Report of the Bombay Veterinary College
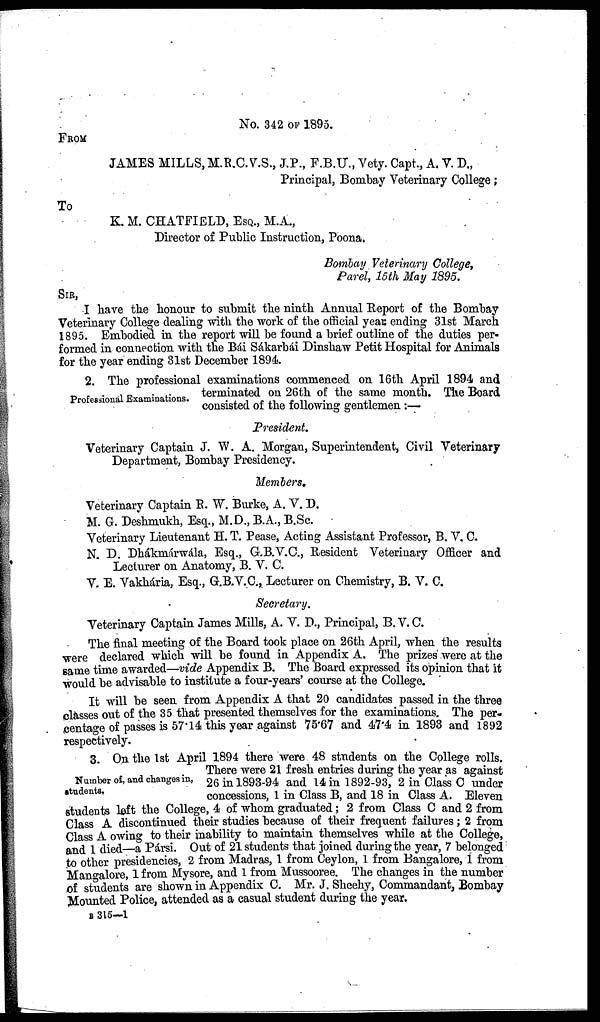
No. 342 OF 1895.
FROM
JAMES MILLS, M.R.C.V.S., J.P., F.B.U., Vety. Capt., A. V. D.,
Principal, Bombay Veterinary College;
To
K. M. CHATFIELD, ESQ., M.A.,
Director of Public Instruction, Poona.
Bombay Veterinary College,
Parel, 15th May 1895.
SIR,
I have the honour to submit the ninth Annual Report of the Bombay
Veterinary College dealing with the work of the official year ending 31st March
1895. Embodied in the report will be found a brief outline of the duties per-
formed in connection with the Bái Sákarbái Dinshaw Petit Hospital for Animals
for the year ending 31st December 1894.
2. The professional examinations commenced on 16th April 1894 and
terminated on 26th of the same month. The Board
Professional Examinations.
consisted of the following gentlemen :—
President.
Veterinary Captain J. W. A. Morgan, Superintendent, Civil Veterinary
Department, Bombay Presidency.
Members.
Veterinary Captain R. W. Burke, A. V. D.
M. G. Deshmukh, Esq., M.D., B.A., B.Sc.
Veterinary Lieutenant H. T. Pease, Acting Assistant Professor, B. V. C.
N. D. Dhákmárwála, Esq., G.B.V.C., Resident Veterinary Officer and
Lecturer on Anatomy, B. V. C.
V. E. Vakhária, Esq., G.B.V.C., Lecturer on Chemistry, B. V. C.
Secretary.
Veterinary Captain James Mills, A. V. D., Principal, B. V. C.
The final meeting of the Board took place on 26th April, when the results
were declared which will be found in Appendix A. The prizes were at the
same time awarded—vide Appendix B. The Board expressed its opinion that it
would be advisable to institute a four-years' course at the College.
It will be seen from Appendix A that 20 candidates passed in the three
classes out of the 35 that presented themselves for the examinations. The per-
centage of passes is 57.14 this year against 75.67 and 47.4 in 1893 and 1892
respectively.
Number of, and changes in,
students.
3. On the 1st April 1894 there were 48 students on the College rolls.
There were 21 fresh entries during the year as against
26 in 1893-94 and 14 in 1892-93, 2 in Class C under
concessions, 1 in Class B, and 18 in Class A. Eleven
students left the College, 4 of whom graduated; 2 from Class C and 2 from
Class A discontinued their studies because of their frequent failures; 2 from
Class A owing to their inability to maintain themselves while at the College,
and 1 died—a Pársi. Out of 21 students that joined during the year, 7 belonged
to other presidencies, 2 from Madras, 1 from Ceylon, 1 from Bangalore, 1 from
Mangalore, 1 from Mysore, and 1 from Mussooree. The changes in the number
of students are shown in Appendix C. Mr. J. Sheehy, Commandant, Bombay
Mounted Police, attended as a casual student during the year.
B 315—1